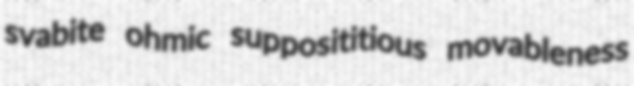
svabite ohmic supposititious movableness